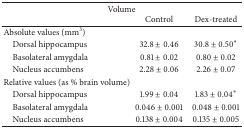
| <COLSPAN=3> Volume |
 |  | Control | Dex-treated |
 | --- | --- | --- |
 | Absolute values (mm3) |  |  |
 | Dorsal hippocampus | 32.8 ± 0.46 | 30.8 ± 0.50* |
 | Basolateral amygdala | 0.81 ± 0.02 | 0.80 ± 0.02 |
 | Nucleus accumbens | 2.28 ± 0.06 | 2.26 ± 0.07 |
 | Relative values (as % brain volume) |  |  |
 | Dorsal hippocampus | 1.99 ± 0.04 | 1.83 ± 0.04* |
 | Basolateral amygdala | 0.046 ± 0.001 | 0.048 ± 0.001 |
 | Nucleus accumbens | 0.138 ± 0.004 | 0.135 ± 0.005 |